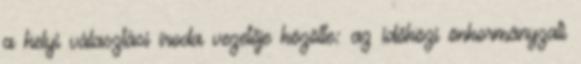
a helyi választási iroda vezetője közölte: az időközi önkormányzati